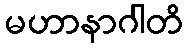
မဟာနာဂါတိ